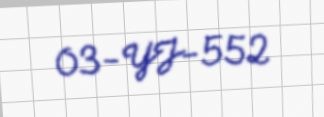
03-YJ-552